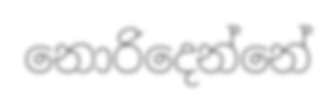
නොරිදෙන්නේ